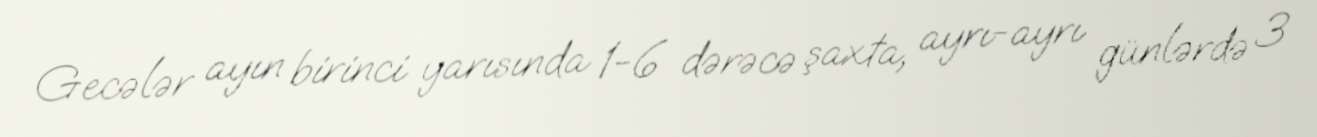
Gecələr ayın birinci yarısında 1-6 dərəcə şaxta, ayrı-ayrı günlərdə 3